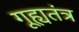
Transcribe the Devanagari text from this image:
गूह्यतंत्र